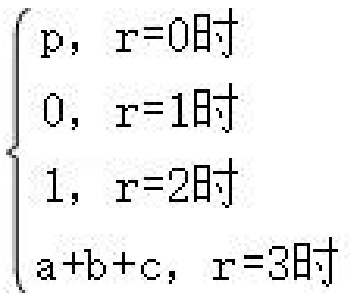
$\begin{cases}
p, & \text{r=0时} \\
0, & \text{r=1时} \\
1, & \text{r=2时} \\
a + b + c, & \text{r=3时}
\end{cases}$